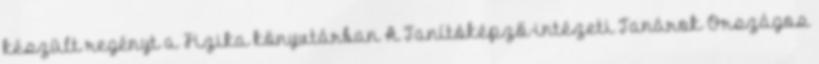
készült regényt a Fizika könyvtárban A Tanítóképző-intézeti Tanárok Országos